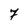
Character: 7